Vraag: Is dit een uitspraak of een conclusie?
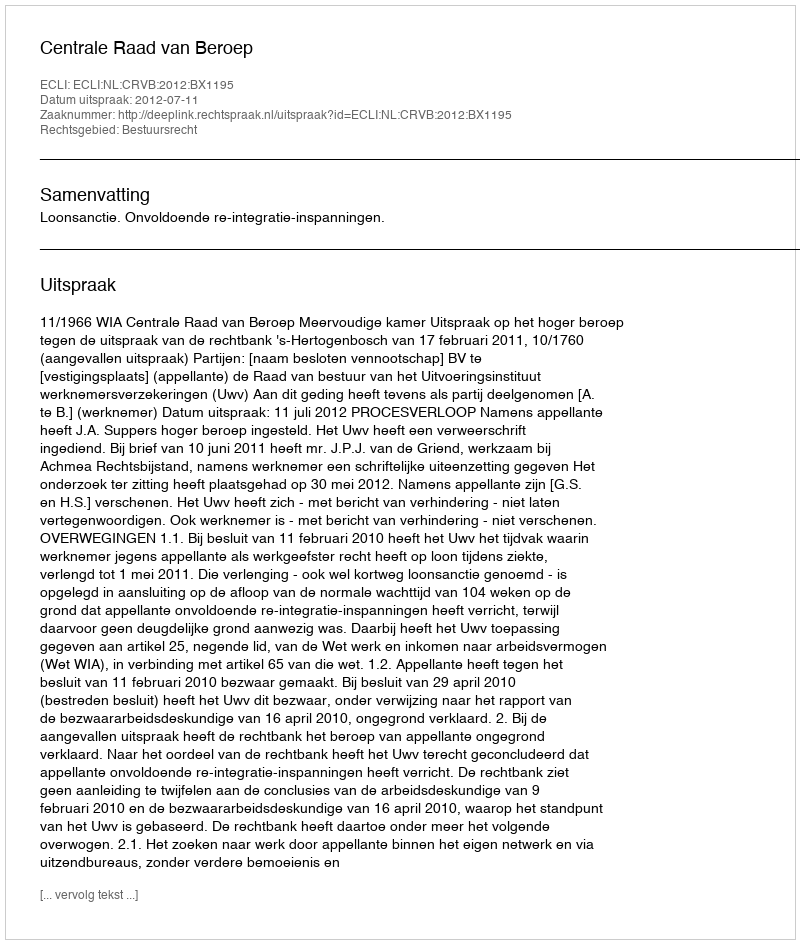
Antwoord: Uitspraak